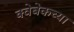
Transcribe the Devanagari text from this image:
क्वेबेकच्या